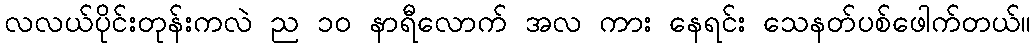
လလယ်ပိုင်းတုန်းကလဲ ည ၁၀ နာရီလောက် အလ ကား နေရင်း သေနတ်ပစ်ဖေါက်တယ်။